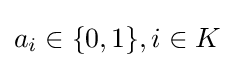
a_{i}\in \{0,1\},i\in K